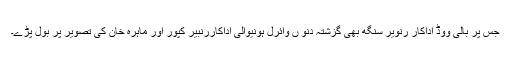
جس پر بالی ووڈ اداکار رنویر سنگھ بھی گزشتہ دنو ں وائرل ہونیوالی اداکاررنبیر کپور اور ماہرہ خان کی تصویر پر بول پڑے۔